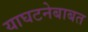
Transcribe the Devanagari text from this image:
याघटनेबाबत